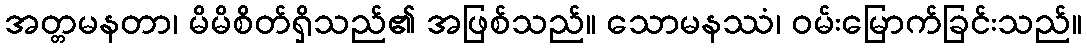
အတ္တမနတာ၊ မိမိစိတ်ရှိသည်၏ အဖြစ်သည်။ သောမနဿံ၊ ဝမ်းမြောက်ခြင်းသည်။